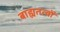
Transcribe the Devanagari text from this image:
बाह्यतत्वों